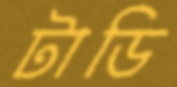
টাডি